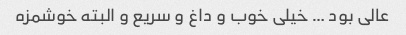
عالی بود … خیلی خوب و داغ و سریع و البته خوشمزه